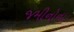
જમીનોના